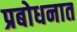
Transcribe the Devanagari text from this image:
प्रबोधनात